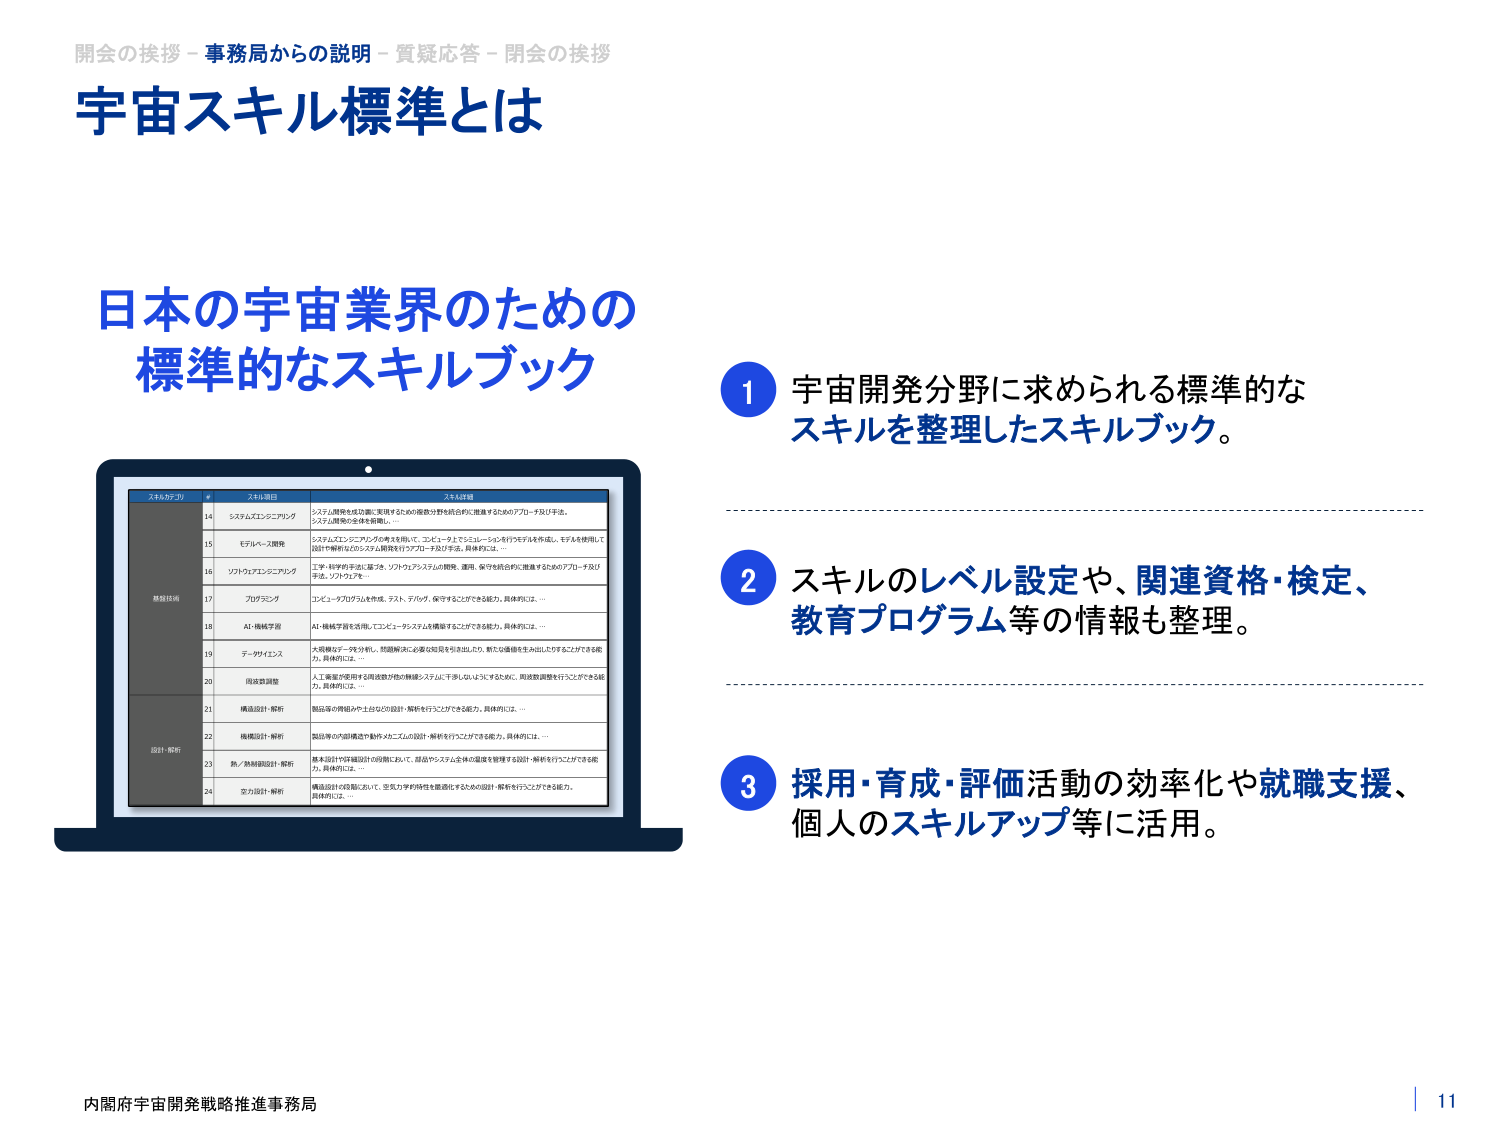
開会の挨拶 - 事務局からの説明 - 質疑応答 - 閉会の挨拶
宇宙スキル標準とは

日本の宇宙業界のための
標準的なスキルブック

1 宇宙開発分野に求められる標準的な
スキルを整理したスキルブック。

2 スキルのレベル設定や、関連資格・検定、
教育プログラム等の情報も整理。

3 採用・育成・評価活動の効率化や就職支援、
個人のスキルアップ等に活用。

スキルカテゴリ
#
スキル項目
スキル詳細

基盤技術
14
システムエンジニアリング
システム開発を成功裏に実現するために複数分野を統合的に推進するためのアプローチ及び手法。
システム開発の全体を俯瞰し、…

15
モデルベース開発
システムエンジニアリングの考えを用いて、コンピュータ上でシミュレーションを行うモデルを作成し、モデルを使用して
設計や解析などのシステム開発を行うアプローチ及び手法。具体的には、…

16
ソフトウェアエンジニアリング
工学・科学的手法に基づき、ソフトウェアシステムの開発、運用、保守を統合的に推進するためのアプローチ及び
手法。ソフトウェアを…

17
プログラミング
コンピュータプログラムを作成、テスト、デバッグ、保守することができる能力。具体的には、…

18
AI・機械学習
AI・機械学習を活用してコンピュータシステムを構築することができる能力。具体的には、…

19
データサイエンス
大規模なデータを分析し、問題解決に必要な知見を引き出したり、新たな価値を生み出したりすることができる能
力。具体的には、…

20
用途意識調整
人工衛星が使用する用途依存分野の熟練システムに干渉しないようにするために、用途意識調整を行うことができる能
力。具体的には、…

設計・解析
21
構造設計・解析
製品等の用途にやさしさなどの設計・解析を行うことができる能力。具体的には、…

22
機械設計・解析
製品等の内部構造や動作メカニズムの設計・解析を行うことができる能力。具体的には、…

23
熱／熱制御設計・解析
基本設計や詳細設計の段階において、部品やシステム全体の温度を管理する設計・解析を行うことができる能
力。具体的には、…

24
空力設計・解析
構造設計の段階において、空気力学特性を最適化するための設計・解析を行うことができる能力。
具体的には、…

内閣府宇宙開発戦略推進事務局
11